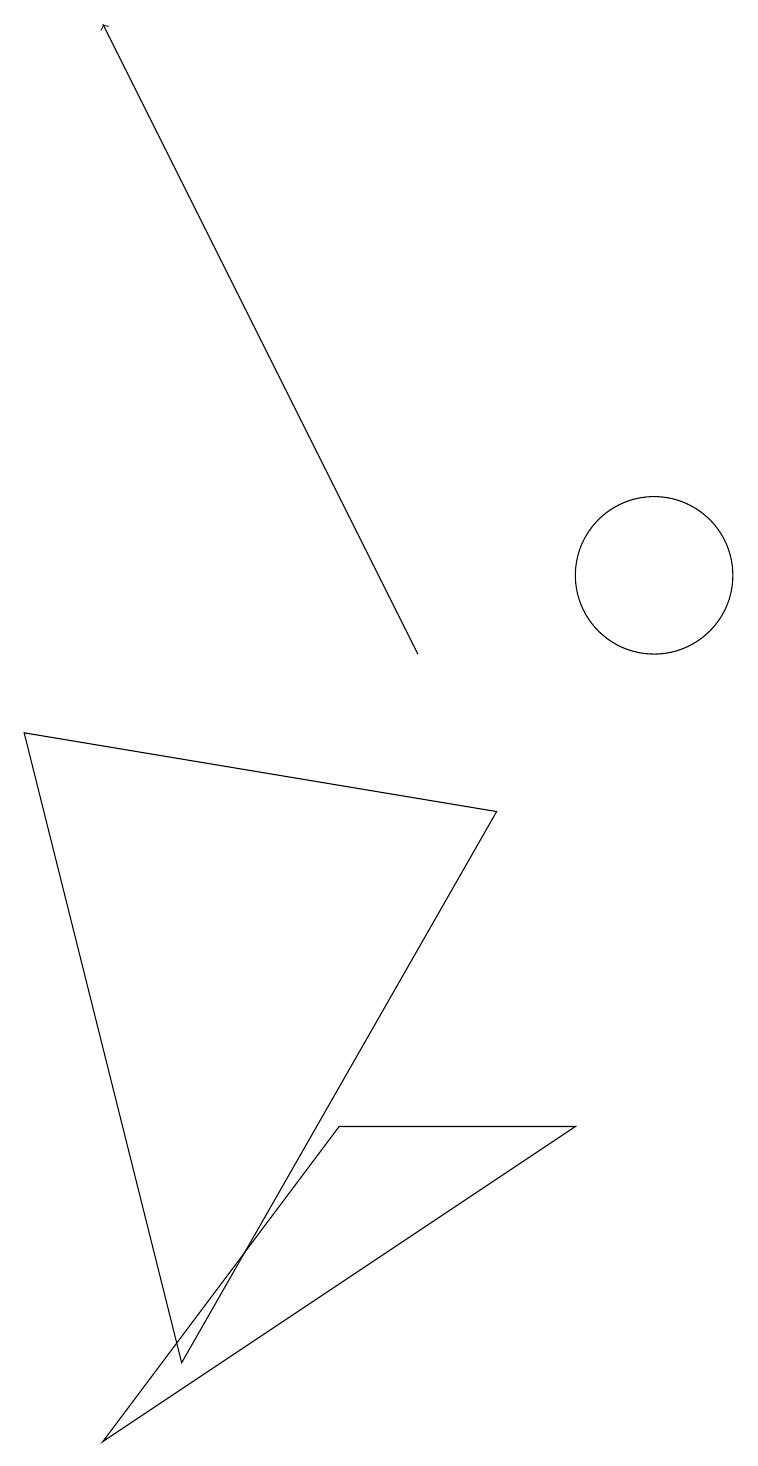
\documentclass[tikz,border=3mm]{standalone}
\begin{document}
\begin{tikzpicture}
\draw (10,11) circle (1);
\draw[->] (7,10) -- (3,18);
\draw (2,9) -- (4,1) -- (8,8) -- cycle;
\draw (9,4) -- (3,0) -- (6,4) -- cycle;
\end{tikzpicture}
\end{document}